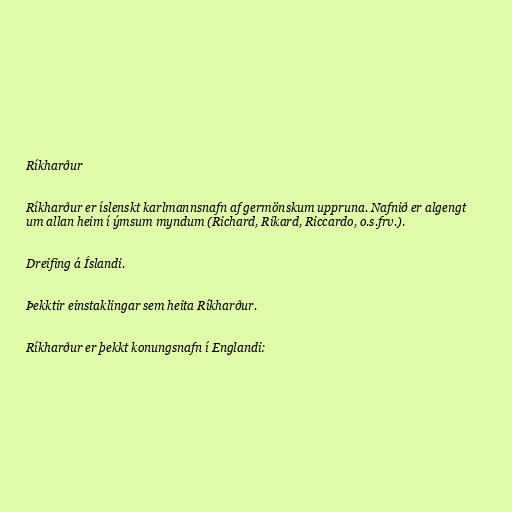
Ríkharður

Ríkharður er íslenskt karlmannsnafn af germönskum uppruna. Nafnið er algengt
um allan heim í ýmsum myndum (Richard, Rikard, Riccardo, o.s.frv.).

Dreifing á Íslandi.

Þekktir einstaklingar sem heita Ríkharður.

Ríkharður er þekkt konungsnafn í Englandi: